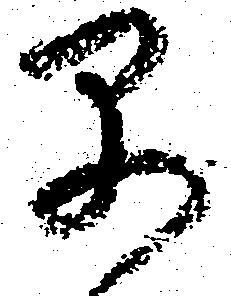
早